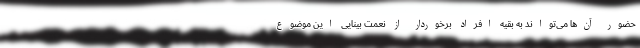
حضور آن‌ها می‌تواند به بقیه افراد برخوردار از نعمت بینایی این موضوع